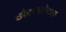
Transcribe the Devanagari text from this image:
छोट्यछोट्या